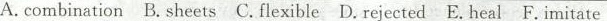
A. combination B.Sheets C.Flexible D. Rejected E. Heal F. Imitate